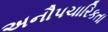
અનૌપચારિકતા